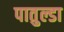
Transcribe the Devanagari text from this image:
पातुल्डा